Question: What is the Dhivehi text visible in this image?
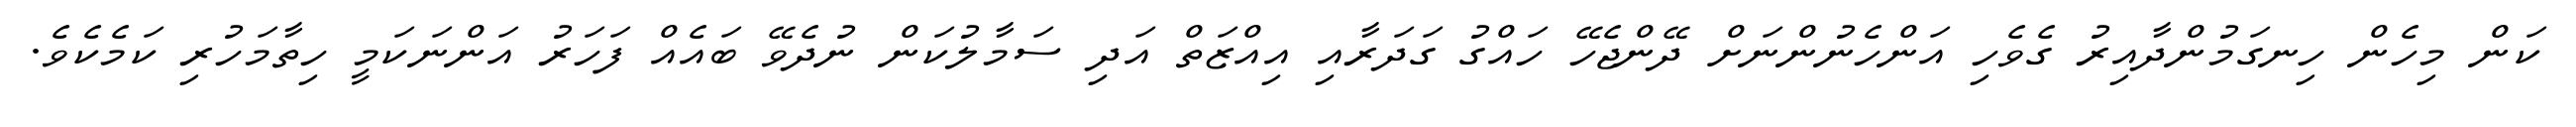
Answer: ކަން މިހެން ހިނގަމުންދާއިރު ގެވެހި އަންހެނުންނަށް ދޭންޖެހޭ ހައްގު ގަދަރާއި އިއްޒަތް އަދި ސަމާލުކަން ނުދެވޭ ބައެއް ފަހަރު އަންނަކަމީ ހިތާމަހުރި ކަމެކެވެ.